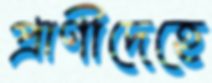
প্রাণীদেহে